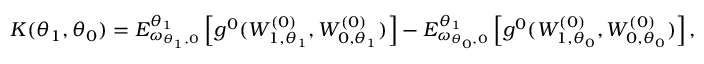
K ( \theta _ { 1 } , \theta _ { 0 } ) = E _ { \omega _ { \theta _ { 1 } , 0 } } ^ { \theta _ { 1 } } \left[ g ^ { 0 } ( W _ { 1 , \theta _ { 1 } } ^ { ( 0 ) } , W _ { 0 , \theta _ { 1 } } ^ { ( 0 ) } ) \right] - E _ { \omega _ { \theta _ { 0 } , 0 } } ^ { \theta _ { 1 } } \left[ g ^ { 0 } ( W _ { 1 , \theta _ { 0 } } ^ { ( 0 ) } , W _ { 0 , \theta _ { 0 } } ^ { ( 0 ) } ) \right] ,